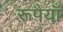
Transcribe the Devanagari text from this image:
रूपैयाँ